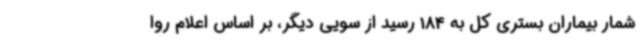
شمار بیماران بستری کل به 184 رسید از سویی دیگر، بر اساس اعلام روا